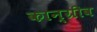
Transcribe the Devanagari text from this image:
कान्ग्रीव